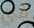
في